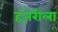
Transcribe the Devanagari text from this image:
हजेरीला